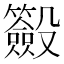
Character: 𣫢